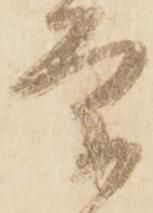
条